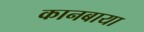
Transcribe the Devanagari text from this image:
कानबाया